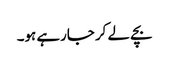
بچے لے کر جارہے ہو۔